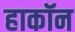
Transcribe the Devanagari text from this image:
हाकॉन